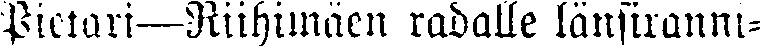
Pietari — Riihimäen radalle länsiranni-